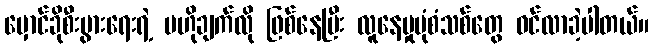
မှောင်ခိုစီးပွားရေးရဲ့ ဗဟိုချက်လို ဖြစ်နေပြီး လူနေမှုပုံစံသစ်တွေ ဝင်လာခဲ့ပါတယ်။